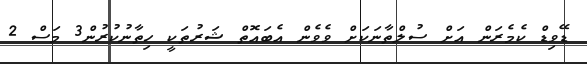
ޑޭވިޑް ކެމެރަން އަށް ސުލްތާނަކަށް ވެވެން އެބައޮތް ޝަރުތަކީ ހިތާނުކުރުން3 މަސް 2